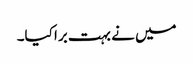
میں نے بہت برا کیا۔